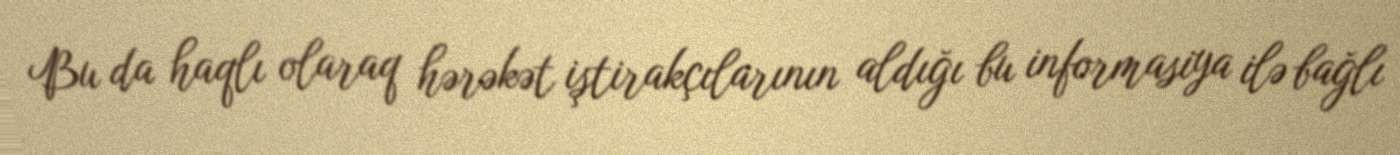
Bu da haqlı olaraq hərəkət iştirakçılarının aldığı bu informasiya ilə bağlı